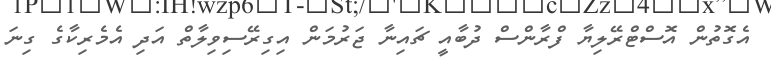
އެގޮތުން އޮސްޓްރޭލިޔާ ފްރާންސް ދުބާއީ ޗައިނާ ޖަރުމަން އިގިރޭސިވިލާތް އަދި އެމެރިކާގެ ގިނަ